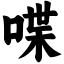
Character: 喋